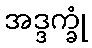
အဒ္ဒက္ခုံ